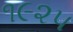
૧૯૨૫